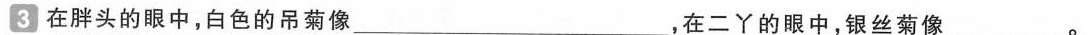
3 在胖头的眼中，白色的吊菊像___，在二丫的眼中，银丝菊像___。